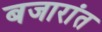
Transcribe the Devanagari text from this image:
बजारांत